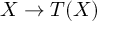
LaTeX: X \rightarrow T ( X )